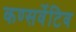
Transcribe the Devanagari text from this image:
कण्सर्वेटिव